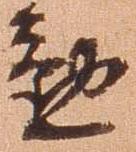
懃